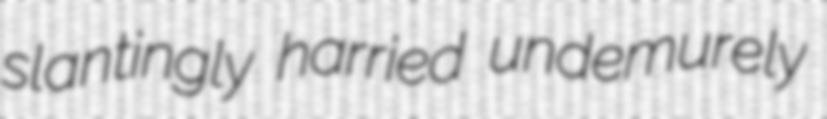
slantingly harried undemurely